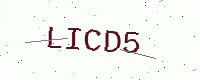
Text: LICD5